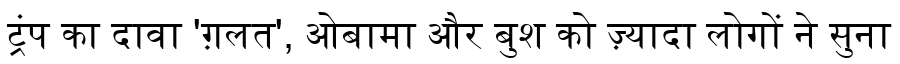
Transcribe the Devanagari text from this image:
ट्रंप का दावा 'ग़लत', ओबामा और बुश को ज़्यादा लोगों ने सुना